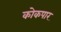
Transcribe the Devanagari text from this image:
कोकपार